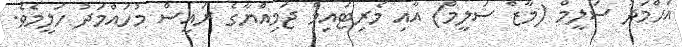
އަހްމަދު ސަލީމް (މާޒް ސަލީމް) އާއި މެރިޓައިމް ޖަމިއްޔާގެ ރައީސް މުހައްމަދު ހަލީމެވެ.